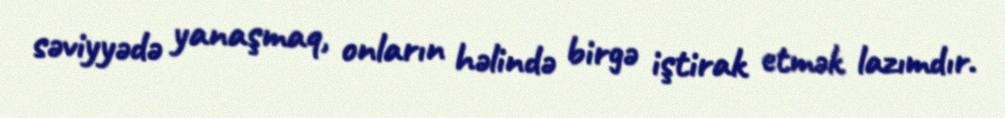
səviyyədə yanaşmaq, onların həlində birgə iştirak etmək lazımdır.